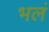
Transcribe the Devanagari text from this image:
भलं